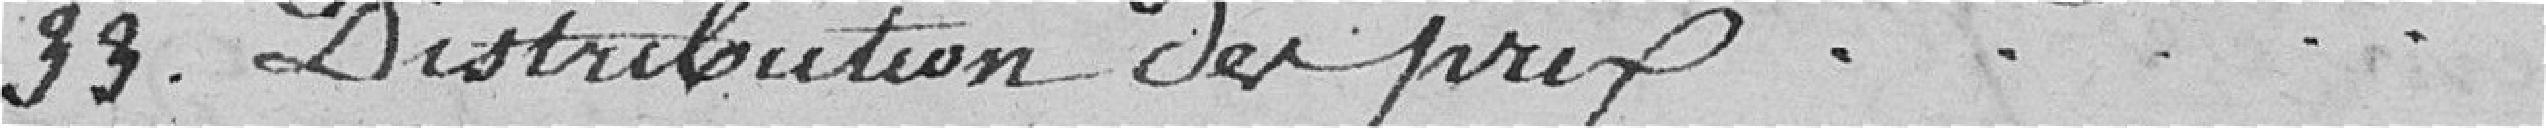
33. Distribution des prix